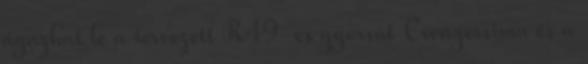
ágazhat le a tervezett R49-es gyorsút Csengersima és a